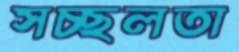
সচ্ছলতা